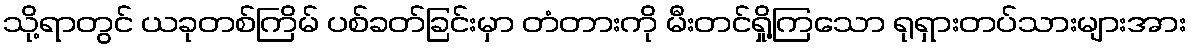
သို့ရာတွင် ယခုတစ်ကြိမ် ပစ်ခတ်ခြင်းမှာ တံတားကို မီးတင်ရှို့ကြသော ရုရှားတပ်သားများအား